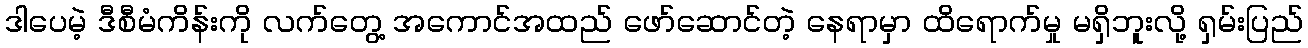
ဒါပေမဲ့ ဒီစီမံကိန်းကို လက်တွေ့ အကောင်အထည် ဖော်ဆောင်တဲ့ နေရာမှာ ထိရောက်မှု မရှိဘူးလို့ ရှမ်းပြည်